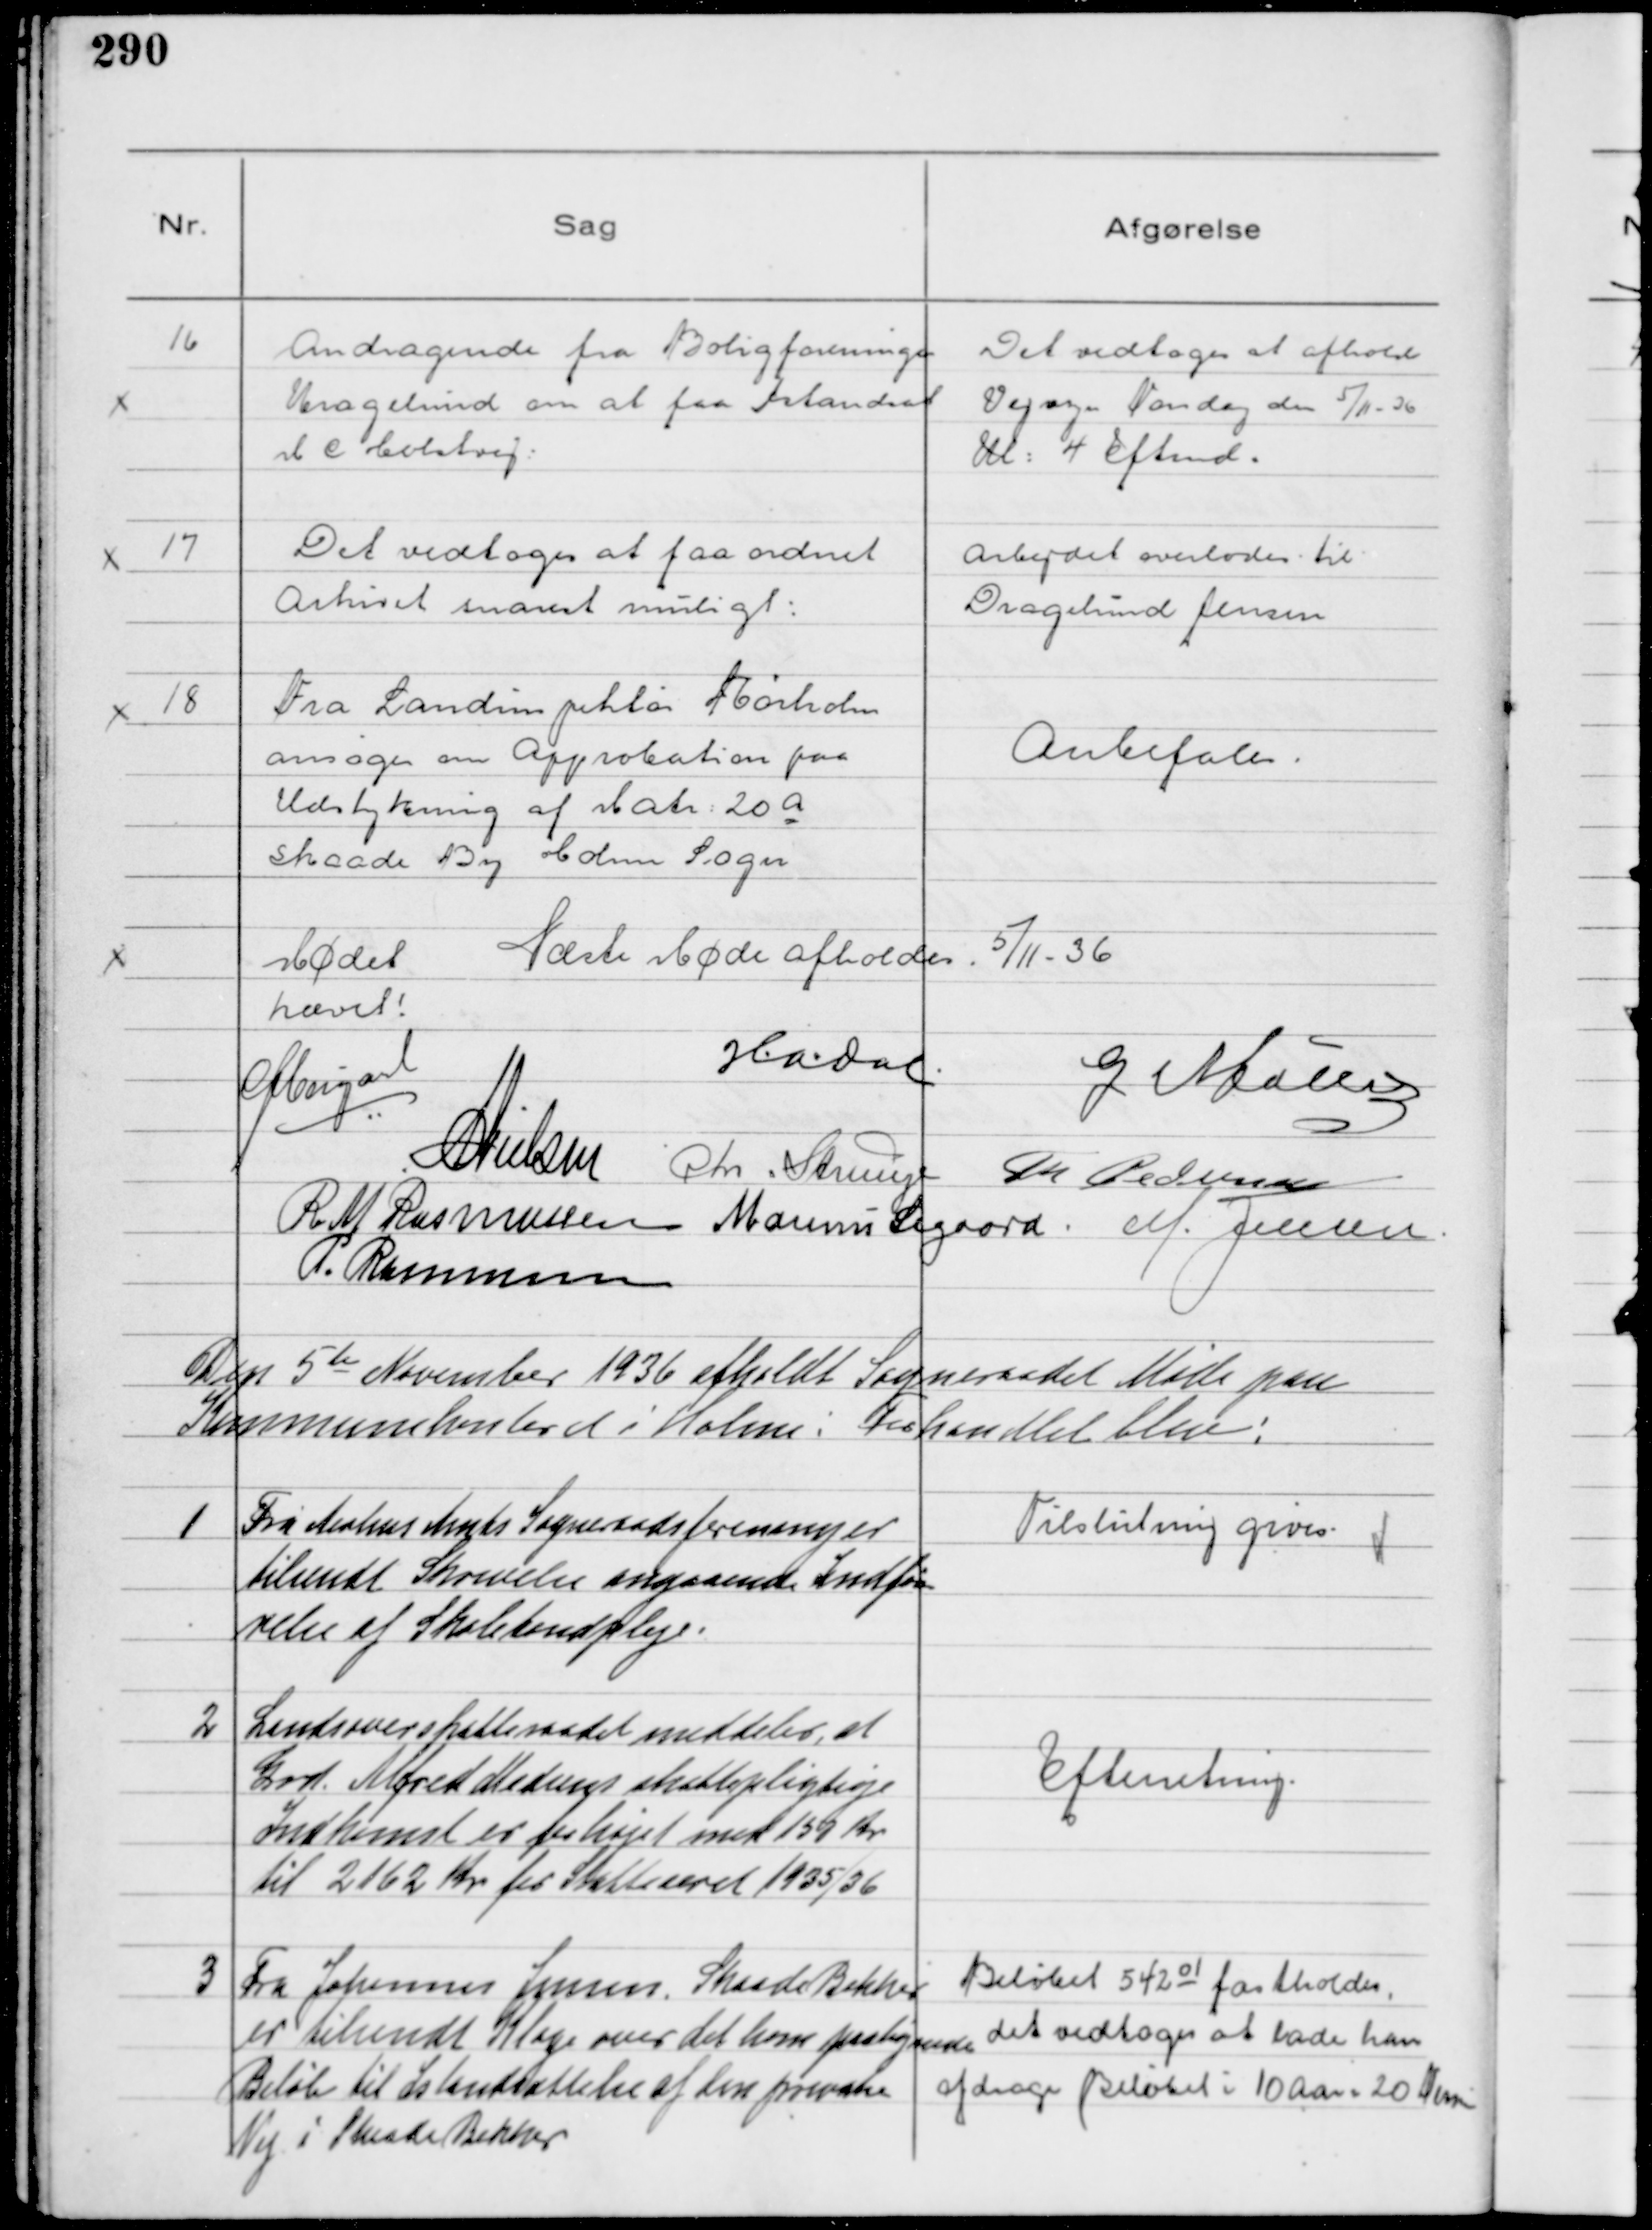
Transskription:
16
Andragende fra Boligforeningen
Kragelund om at faa Istandsat
M C Holstvej

Det vedtoges at afholde
Vejsyn Mandag den 5/11 - 36
Kl: 4 Eftmd.

17
Det vedtoges at faa ordnet
Arkivet snarest muligt

Arbejdet overlodes til
Dragelund Jensen

18
Fra Landinspektør Rørholm
ansøger om Approbation paa
Udstykning af Matr 20 a
Skaade By Holme Sogn

Anbefales

Mødet
hævet!
Næste Møde afholdes 5/11 - 36

HADal
G Møller
NNielsen Chr Strunge Th Pedersen
R M Rasmussen Marinus Sigaard M. Jensen
P. Rasmussen

Den 5te November 1936 afholdt Sogneraadet Møde paa
Kommunekontoret i Holme: Forhandlet blev!

1
Fra Aarhus Amts Sogneraadsforeninger
tilsendt Skrivelse angaaende Indfø
relse af Skoletandpleje

Tilslutning gives

2
Landsoverskatteraadet meddeler, at
Grd. Alfred Madsens Skattepligtige
Indkomst er forhøjet med 157 Kr
til 2162 Kr for Skatteaaret 1935/36

Efterretning

3
Fra Johannes Jensen, Skaade Bakker
er tilsendt Klage over det ham paalignede
Beløb til Istandsættelse af den private
Vej i Skaade Bakker

Beløbet 542 01 fastholdes
det vedtoges at lade ham
afdrage Beløbet i 10 Aar = 20 Terminer